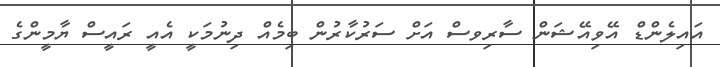
އައިލެންޑް އޭވިއޭޝަން ސާރިވސް އަށް ސަރުކާރުން ބިމެއް ދިނުމަކީ އެއީ ރައީސް ޔާމީންގެ